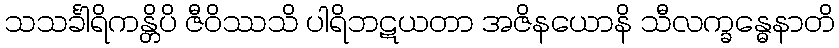
သသင်္ခါရိကန္တိပိ ဇီဝိဿသိ ပါရိဘဋယတာ အဇိနယောနိ သီလက္ခန္ဓေနာတိ